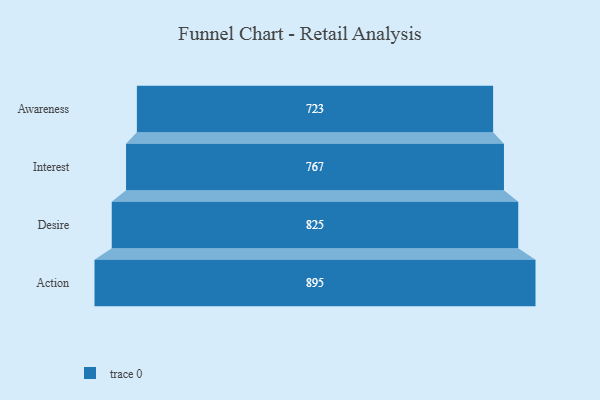
{"axis": {"x": "Stage", "y": "Value"}, "legend": [""], "data": [{"x": "Awareness", "y": 723.0, "type": ""}, {"x": "Interest", "y": 767.0, "type": ""}, {"x": "Desire", "y": 825.0, "type": ""}, {"x": "Action", "y": 895.0, "type": ""}]}